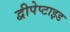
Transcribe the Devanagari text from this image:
द्वीपेप्टाइड